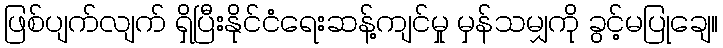
ဖြစ်ပျက်လျက် ရှိပြီးနိုင်ငံရေးဆန့်ကျင်မှု မှန်သမျှကို ခွင့်မပြုချေ။